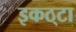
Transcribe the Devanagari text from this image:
इकठ्‌टा